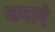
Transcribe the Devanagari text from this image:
उगाएं